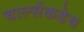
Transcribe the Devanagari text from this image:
चार्ल्सकडेच